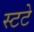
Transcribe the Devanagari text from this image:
स्टटे